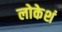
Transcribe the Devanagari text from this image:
लोकेशं